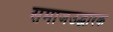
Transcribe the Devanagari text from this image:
समाजउद्धारक